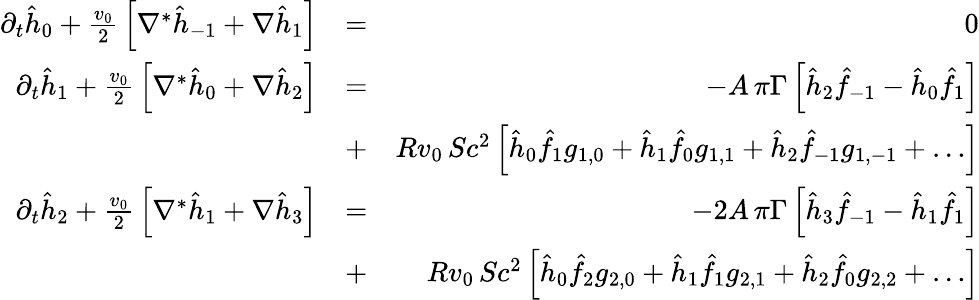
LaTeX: \begin{array}{rlr}{\partial_{t}\hat{h}_{0}+{\frac{v_{0}}{2}}\left[\nabla^{*}\hat{h}_{-1}+\nabla\hat{h}_{1}\right]}&{=}&{0}\\ {\partial_{t}\hat{h}_{1}+{\frac{v_{0}}{2}}\left[\nabla^{*}\hat{h}_{0}+\nabla\hat{h}_{2}\right]}&{=}&{-A\, \pi\Gamma\left[\hat{h}_{2}\hat{f}_{-1}-\hat{h}_{0}\hat{f}_{1}\right]}\\ &{+}&{Rv_{0}\, Sc^{2}\left[\hat{h}_{0}\hat{f}_{1}g_{1,0}+\hat{h}_{1}\hat{f}_{0}g_{1,1}+\hat{h}_{2}\hat{f}_{-1}g_{1,-1}+\ldots\right]}\\ {\partial_{t}\hat{h}_{2}+{\frac{v_{0}}{2}}\left[\nabla^{*}\hat{h}_{1}+\nabla\hat{h}_{3}\right]}&{=}&{-2A\, \pi\Gamma\left[\hat{h}_{3}\hat{f}_{-1}-\hat{h}_{1}\hat{f}_{1}\right]}\\ &{+}&{Rv_{0}\, Sc^{2}\left[\hat{h}_{0}\hat{f}_{2}g_{2,0}+\hat{h}_{1}\hat{f}_{1}g_{2,1}+\hat{h}_{2}\hat{f}_{0}g_{2,2}+\ldots\right]}\end{array}